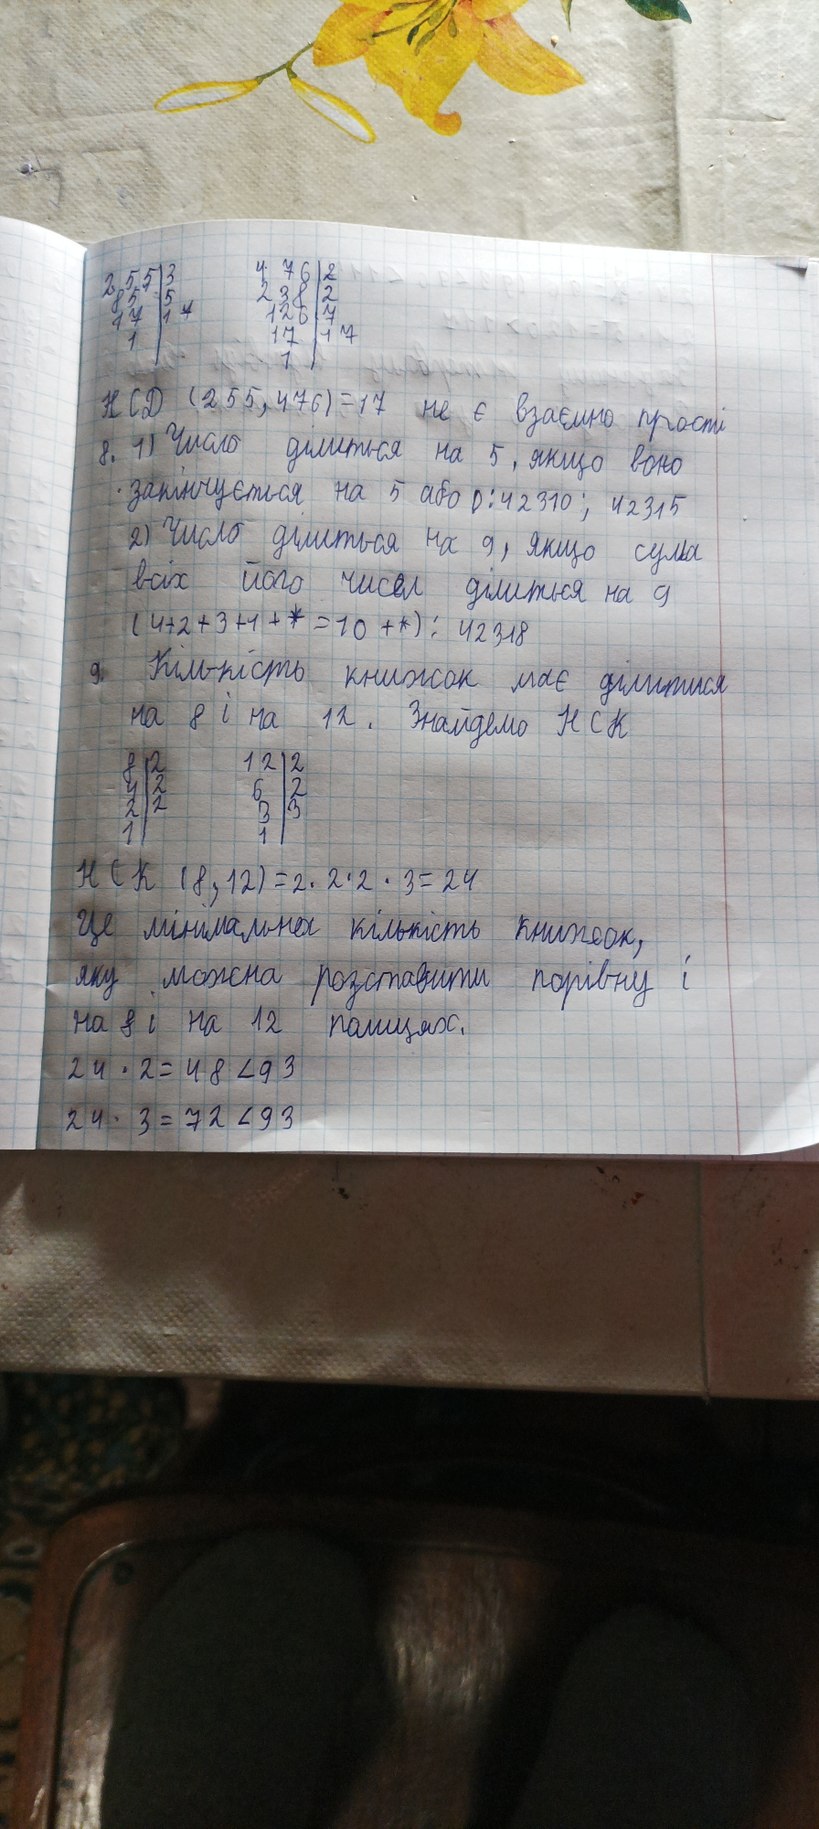
476 | 2
238 | 2
126 | 7
17 | 17
1
255 | 3
85 | 5
17 | 17
1
НСД (255, 476) = 17 не є взаємно прості
8. 1) Число ділиться на 5, якщо воно
закінчується на 5 або 0: 42310; 42315
2) Число ділиться на 9, якщо сума
всіх його чисел ділиться на 9
(4 + 2 + 3 + 1+ * = 10 + *) : 42318
9. Кількість книжок має ділитися
на 8 і на 12. Знайдемо НСК
8 | 2
4 | 2
2 | 2
1
12 | 2
6 | 2
3 | 3
1
НСК (8,12) = 2 * 2 * 2 * 3 = 24
Це мінімальна кількість книжок,
яку можна розставити порівну і
на 8 і на 12 полицях.
24 * 2 = 48 < 93
24 * 3 = 72 < 93